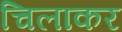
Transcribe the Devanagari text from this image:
चिलाकर